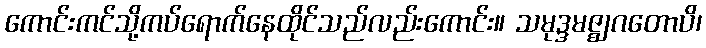
ကောင်းကင်သို့ကပ်ရောက်နေထိုင်သည်လည်းကောင်း။ သမုဒ္ဒမဇ္ဈဂတောပိ၊